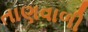
તાણવાળી